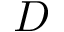
D